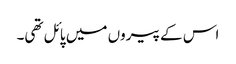
اس کے پیروں میں پائل تھی۔